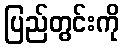
ပြည်တွင်းကို